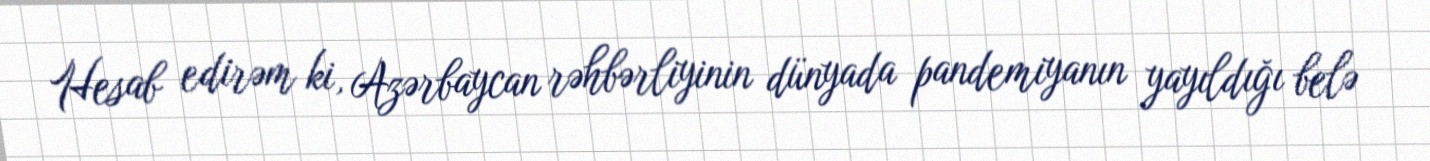
Hesab edirəm ki, Azərbaycan rəhbərliyinin dünyada pandemiyanın yayıldığı belə